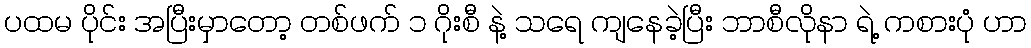
ပထမ ပိုင်း အပြီးမှာတော့ တစ်ဖက် ၁ ဂိုးစီ နဲ့ သရေ ကျနေခဲ့ပြီး ဘာစီလိုနာ ရဲ့ ကစားပုံ ဟာ